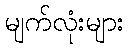
မျက်လုံးများ